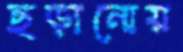
ছড়ানোয়